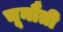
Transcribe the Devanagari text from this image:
चूनौती